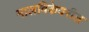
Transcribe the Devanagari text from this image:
मालविकेवरील